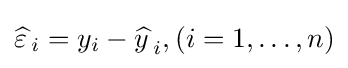
{\widehat {\varepsilon \,}}_{i}=y_{i}-{\widehat {y\,}}_{i},(i=1,\dots ,n)